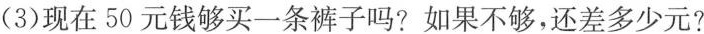
(3)现在50元钱够买一条裤子吗?如果不够，还差多少元?